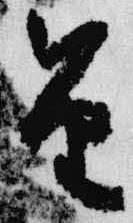
笛